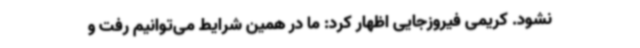
نشود. کریمی فیروزجایی اظهار کرد: ما در همین شرایط می‌توانیم رفت و